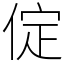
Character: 𠉵